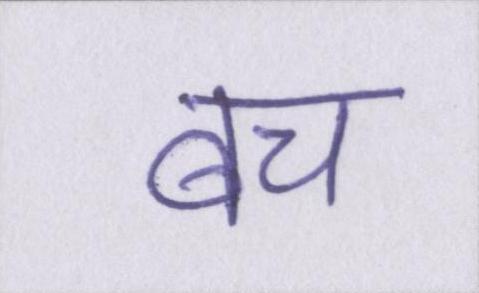
बच